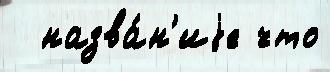
  назва́н'иjе что